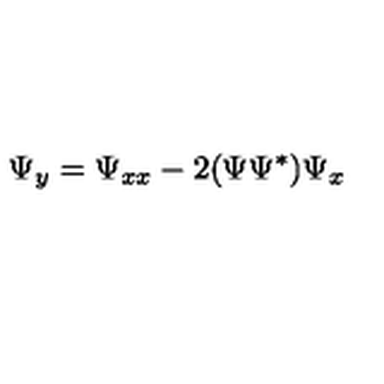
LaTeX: \Psi _ { y } = \Psi _ { x x } - 2 ( \Psi \Psi ^ { * } ) \Psi _ { x }